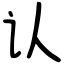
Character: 认